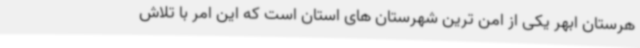
هرستان ابهر یکی از امن ترین شهرستان های استان است که این امر با تلاش